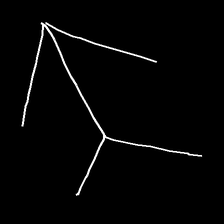
Glyph: gather